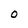
Character: O